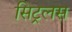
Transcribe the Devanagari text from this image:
सिट्रलस